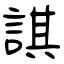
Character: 諆